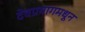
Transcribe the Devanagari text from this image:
देवप्रयागमधून